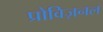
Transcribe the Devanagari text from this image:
प्रोविज़नल